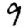
Digit: 9